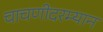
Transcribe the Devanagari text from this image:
चाचणीदरम्यान